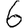
Digit: 6